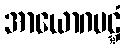
အာယောဂပဋ္ဋံ